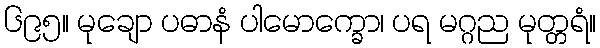
၆၉၅။ မုချော ပဓာနံ ပါမောက္ခော၊ ပရ မဂ္ဂည မုတ္တရံ။